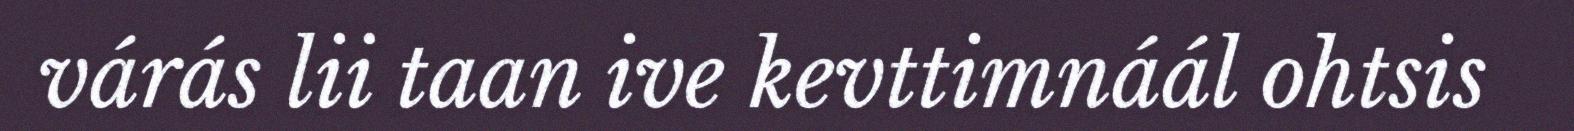
várás lii taan ive kevttimnáál ohtsis